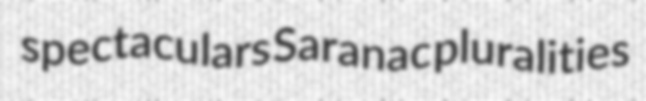
spectaculars Saranac pluralities